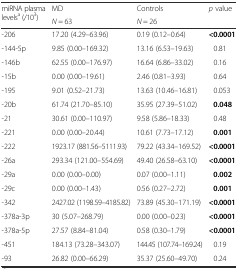
| <ROWSPAN=2> miRNA plasma levelsa (/103) | MD | Controls | <ROWSPAN=2> p value |
 | N = 63 | N = 26 |
 | --- | --- | --- | --- |
 | -206 | 17.20 (4.29–63.96) | 0.19 (0.12–0.64) | <0.0001 |
 | -144-5p | 9.85 (0.00–169.32) | 13.16 (6.53–19.63) | 0.81 |
 | -146b | 62.55 (0.00–176.97) | 16.64 (6.86–33.02) | 0.16 |
 | -15b | 0.00 (0.00–19.61) | 2.46 (0.81–3.93) | 0.64 |
 | -195 | 9.01 (0.52–21.73) | 13.63 (10.46–16.81) | 0.053 |
 | -20b | 61.74 (21.70–85.10) | 35.95 (27.39–51.02) | 0.048 |
 | -21 | 30.61 (0.00–110.97) | 9.58 (5.86–18.33) | 0.48 |
 | -221 | 0.00 (0.00–20.44) | 10.61 (7.73–17.12) | 0.001 |
 | -222 | 1923.17 (881.56–5111.93) | 79.22 (43.34–169.52) | <0.0001 |
 | -26a | 293.34 (121.00–554.69) | 49.40 (26.58–63.10) | <0.0001 |
 | -29a | 0.00 (0.00–0.00) | 0.07 (0.00–1.11) | 0.002 |
 | -29c | 0.00 (0.00–1.43) | 0.56 (0.27–2.72) | 0.001 |
 | -342 | 2427.02 (1198.59–4185.82) | 73.89 (45.30–171.19) | <0.0001 |
 | -378a-3p | 30 (5.07–268.79) | 0.00 (0.00–0.23) | <0.0001 |
 | -378a-5p | 27.57 (8.84–81.04) | 0.58 (0.30–1.79) | <0.0001 |
 | -451 | 184.13 (73.28–343.07) | 144.45 (107.74–169.24) | 0.19 |
 | -93 | 26.82 (0.00–66.29) | 35.37 (25.60–49.70) | 0.24 |